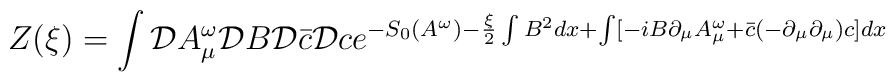
Z(\xi)=\int{\cal D}A^{\omega}_{\mu}{\cal D}B{\cal D}\bar{c}{\cal D}c e^{-S_{0}(A^{\omega})-\frac{\xi}{2}\int B^{2}dx +\int[-iB\partial_{\mu}A^{\omega}_{\mu} +\bar{c}(-\partial_{\mu}\partial_{\mu})c]dx}